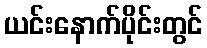
ယင်းနောက်ပိုင်းတွင်